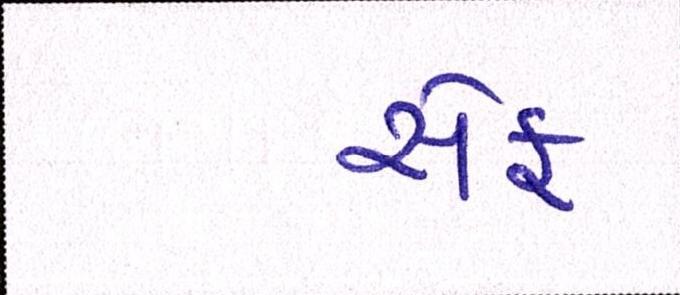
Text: સેફ